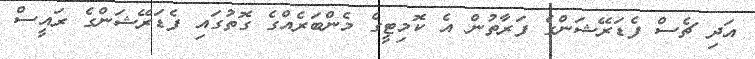
އަދި ޗެސް ފެޑަރޭޝަންގެ ފަރާތުން އެ ކޮމިޓީގެ މެންބަރެއްގެ ގޮތުގައި ފެޑަރޭޝަންގެ ރައީސް